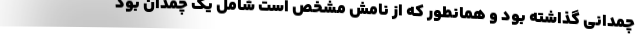
چمدانی گذاشته بود و همانطور که از نامش مشخص است شامل یک چمدان بود